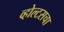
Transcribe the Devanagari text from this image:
व्होल्टसचा